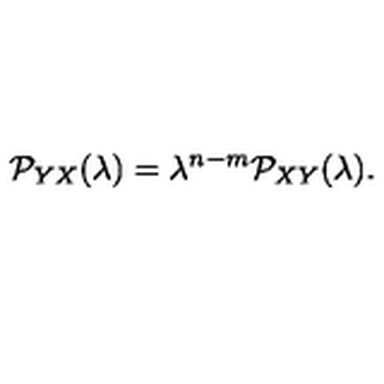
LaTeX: { \cal P } _ { Y X } ( \lambda ) = \lambda ^ { n - m } { \cal P } _ { X Y } ( \lambda ) .